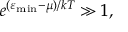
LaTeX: e ^ { ( \varepsilon _ { \mathrm { { m i n } } } - \mu ) / k T } \gg 1 ,